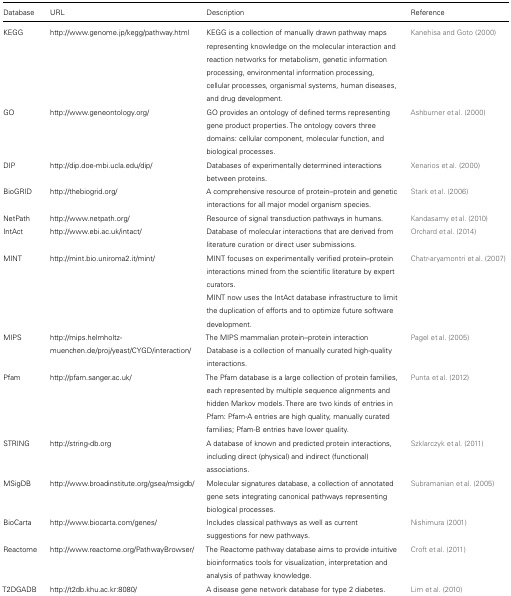
<table><thead><tr><td><b>Database</b></td><td><b>URL</b></td><td><b>Description</b></td><td><b>Reference</b></td></tr></thead><tbody><tr><td>KEGG</td><td>http://www.genome.jp/kegg/pathway.html</td><td>KEGG is a collection of manually drawn pathway maps representing knowledge on the molecular interaction and reaction networks for metabolism, genetic information processing, environmental information processing, cellular processes, organismal systems, human diseases, and drug development.</td><td>Kanehisa and Goto (2000)</td></tr><tr><td>GO</td><td>http://www.geneontology.org/</td><td>GO provides an ontology of defined terms representing gene product properties. The ontology covers three domains: cellular component, molecular function, and biological processes.</td><td>Ashburner et al. (2000)</td></tr><tr><td>DIP</td><td>http://dip.doe-mbi.ucla.edu/dip/</td><td>Databases of experimentally determined interactions between proteins.</td><td>Xenarios et al. (2000)</td></tr><tr><td>BioGRID</td><td>http://thebiogrid.org/</td><td>A comprehensive resource of protein–protein and genetic interactions for all major model organism species.</td><td>Stark et al. (2006)</td></tr><tr><td>NetPath</td><td>http://www.netpath.org/</td><td>Resource of signal transduction pathways in humans.</td><td>Kandasamy et al. (2010)</td></tr><tr><td>IntAct</td><td>http://www.ebi.ac.uk/intact/</td><td>Database of molecular interactions that are derived from literature curation or direct user submissions.</td><td>Orchard et al. (2014)</td></tr><tr><td>MINT</td><td>http://mint.bio.uniroma2.it/mint/</td><td>MINT focuses on experimentally verified protein–protein interactions mined from the scientific literature by expert curators.</td><td>Chatr-aryamontri et al. (2007)</td></tr><tr><td></td><td></td><td>MINT now uses the IntAct database infrastructure to limit the duplication of efforts and to optimize future software development.</td></tr><tr><td>MIPS</td><td>http://mips.helmholtz-muenchen.de/proj/yeast/CYGD/interaction/</td><td>The MIPS mammalian protein–protein interaction Database is a collection of manually curated high-quality interactions.</td><td>Pagel et al. (2005)</td></tr><tr><td>Pfam</td><td>http://pfam.sanger.ac.uk/</td><td>The Pfam database is a large collection of protein families, each represented by multiple sequence alignments and hidden Markov models. There are two kinds of entries in Pfam: Pfam-A entries are high quality, manually curated families; Pfam-B entries have lower quality.</td><td>Punta et al. (2012)</td></tr><tr><td>STRING</td><td>http://string-db.org</td><td>A database of known and predicted protein interactions, including direct (physical) and indirect (functional) associations.</td><td>Szklarczyk et al. (2011)</td></tr><tr><td>MSigDB</td><td>http://www.broadinstitute.org/gsea/msigdb/</td><td>Molecular signatures database, a collection of annotated gene sets integrating canonical pathways representing biological processes.</td><td>Subramanian et al. (2005)</td></tr><tr><td>BioCarta</td><td>http://www.biocarta.com/genes/</td><td>Includes classical pathways as well as current suggestions for new pathways.</td><td>Nishimura (2001)</td></tr><tr><td>Reactome</td><td>http://www.reactome.org/PathwayBrowser/</td><td>The Reactome pathway database aims to provide intuitive bioinformatics tools for visualization, interpretation and analysis of pathway knowledge.</td><td>Croft et al. (2011)</td></tr><tr><td>T2DGADB</td><td>http://t2db.khu.ac.kr:8080/</td><td>A disease gene network database for type 2 diabetes.</td><td>Lim et al. (2010)</td></tr></tbody></table>